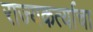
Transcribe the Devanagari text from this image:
राज्यकर्त्याचा